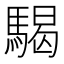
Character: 騔